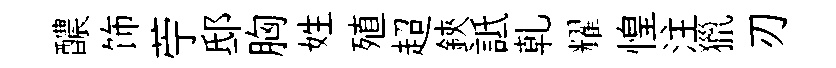
醲饰苧邸胸姓殖超鋏詆乹耀惶注獵刃